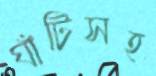
ঘাঁটিসহ